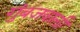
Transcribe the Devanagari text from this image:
गुंबजवाली